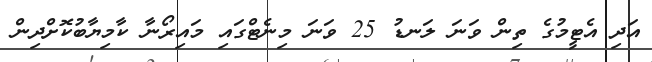
އަދި އެޓީމުގެ ތިން ވަނަ ލަނޑު 25 ވަނަ މިނެޓްގައި މައިރޯނާ ކާމިޔާބުކޮށްދިން